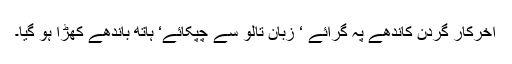
آخرکار گردن کاندھے پہ گرائے ‘ زبان تالو سے چپکائے‘ ہاتھ باندھے کھڑا ہو گیا۔